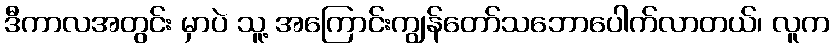
ဒီကာလအတွင်း မှာပဲ သူ့ အကြောင်းကျွန်တော်သဘောပေါက်လာတယ်၊ လူက